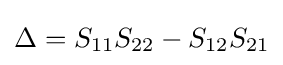
\Delta =S_{11}S_{22}-S_{12}S_{21}